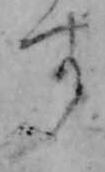
す